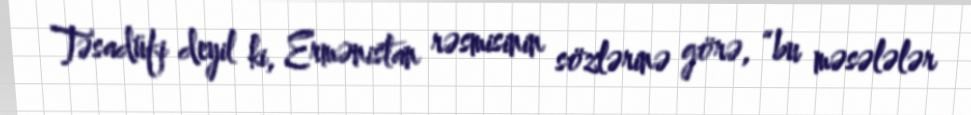
Təsadüfi deyil ki, Ermənistan rəsmisinin sözlərinə görə, “bu məsələlər